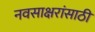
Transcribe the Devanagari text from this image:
नवसाक्षरांसाठी